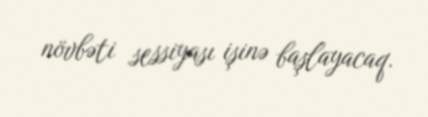
növbəti sessiyası işinə başlayacaq.